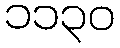
၁၁၃၀